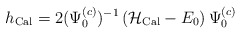
\begin{align*}h_{{\rm Cal}} = 2(\Psi_{0}^{(c)})^{-1}\, ({\cal H}_{\rm Cal}-E_0)\, \Psi_{0}^{(c)}\end{align*}